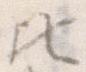
ひ